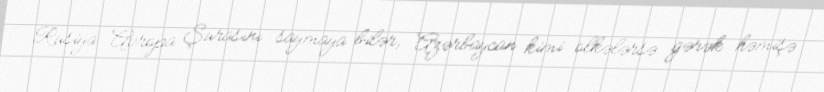
Rusiya Avropa Şurasını saymaya bilər, Azərbaycan kimi ölkələrsə gərək həmişə